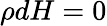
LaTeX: \rho dH=0